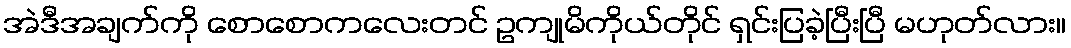
အဲဒီအချက်ကို စောစောကလေးတင် ဥကျုမိကိုယ်တိုင် ရှင်းပြခဲ့ပြီးပြီ မဟုတ်လား။